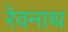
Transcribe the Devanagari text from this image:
रेवनाथ